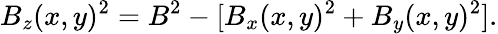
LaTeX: B_{z}(x,y)^{2}=B^{2}-[B_{x}(x,y)^{2}+B_{y}(x,y)^{2}].